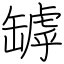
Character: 罅